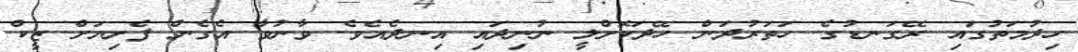
ހިދުމަތުގައި ރޭގަނޑުގެ ހަތަރުދަން ހޭދަކޮށްލީ ނުނިދައި އިނދެއެވެ. ވާނުވާ އެގެން ފެށިޔަށް ޒީކް